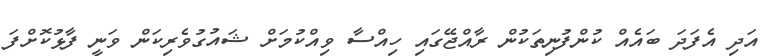
އަދި އެފަދަ ބައެއް ކުންފުނިތަކުން ރާއްޖޭގައި ހިއްސާ ވިއްކުމަށް ޝައުގުވެރިކަން ވަނީ ފާޅުކޮށްފަ